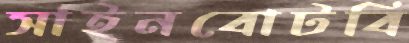
সাইনবোটবি